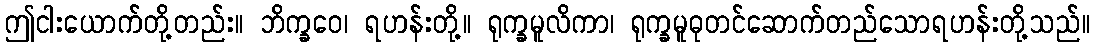
ဤငါးယောက်တို့တည်း။ ဘိက္ခဝေ၊ ရဟန်းတို့။ ရုက္ခမူလိကာ၊ ရုက္ခမူဓုတင်ဆောက်တည်သောရဟန်းတို့သည်။